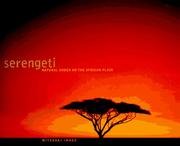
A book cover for Serengeti: Natural Order on the African Plain; Mitsuaki Iwago; Travel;